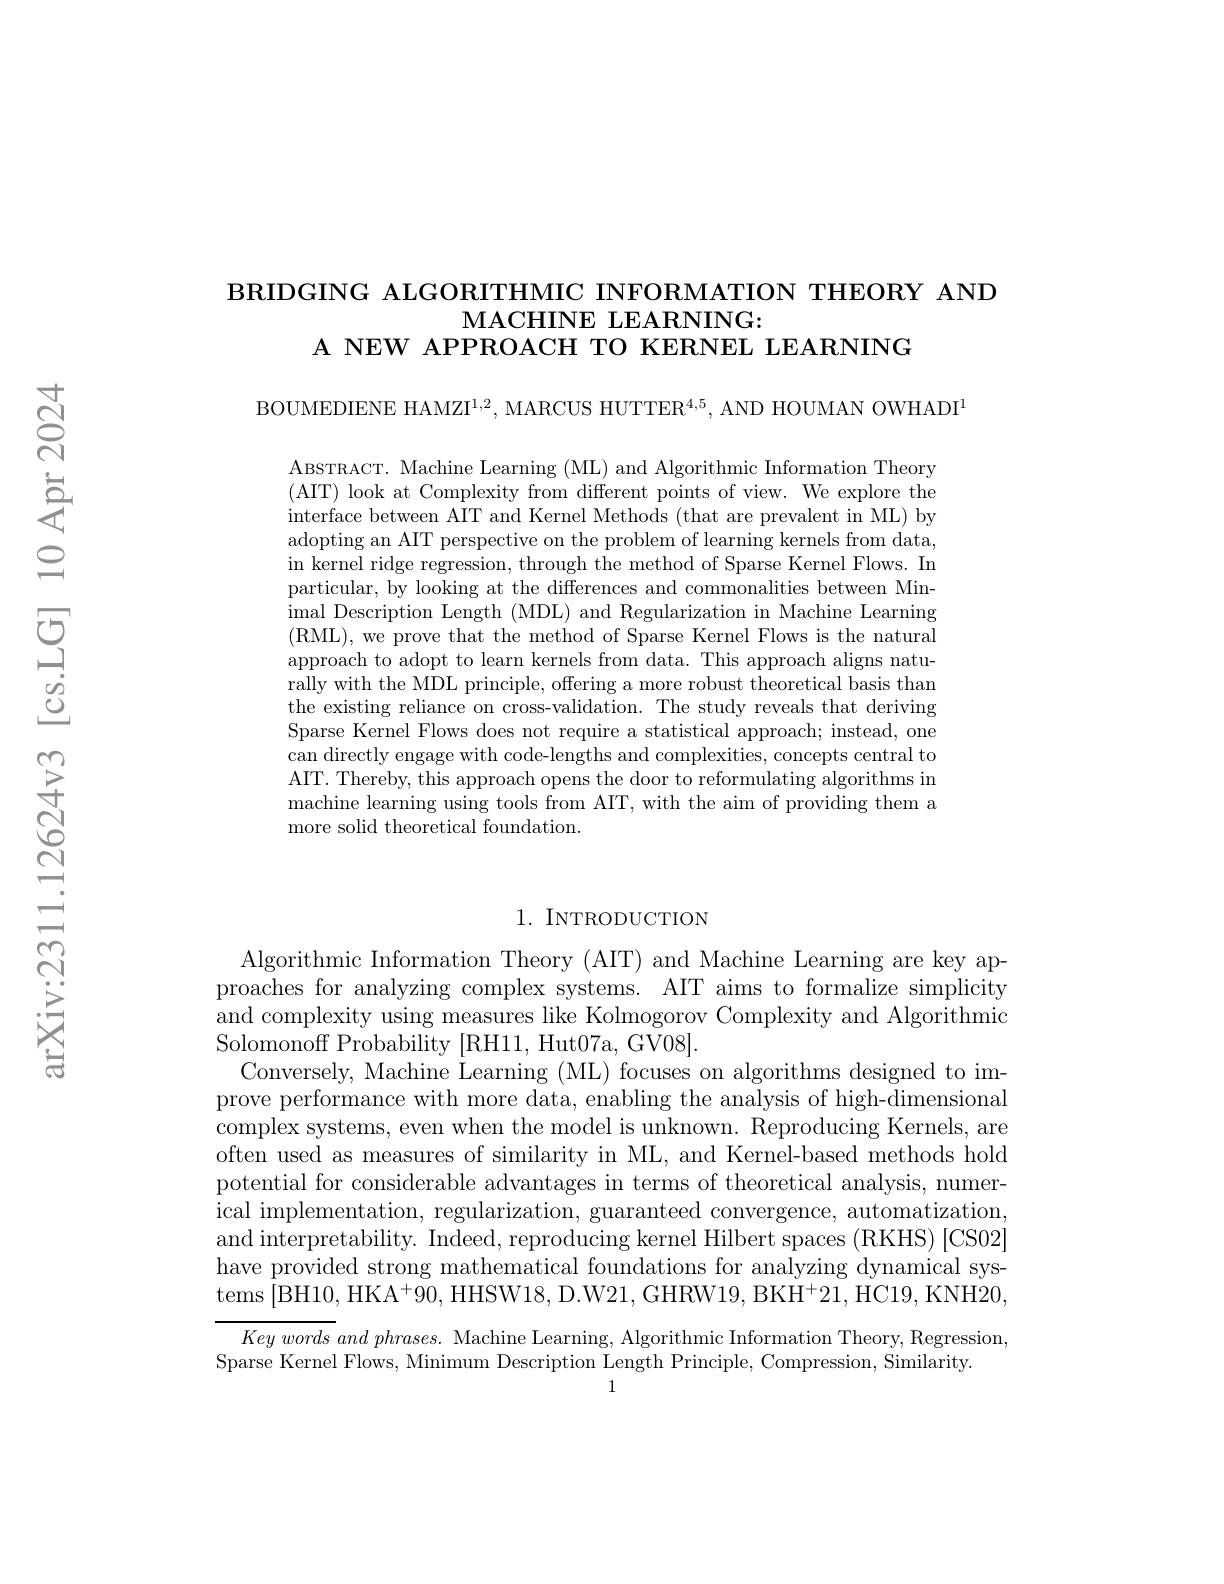
BRIDGING ALGORITHMIC INFORMATION THEORY AND
MACHINE LEARNING:
A NEW APPROACH TO KERNEL LEARNING

BOUMEDIENE HAMZI$^{1,2}$, MARCUS HUTTER$^{4,5}$, AND HOUMAN OWHADI

ABSTRACT. Machine Learning (ML) and Algorithmic Information Theory (AIT) look at Complexity from different points of view. We explore the interface between AIT and Kernel Methods (that are prevalent in ML) by adopting an AIT perspective on the problem of learning kernels from data, in kernel ridge regression, through the method of Sparse Kernel Flows. In particular, by looking at the differences and commonalities between Minimal Description Length (MDL) and Regularization in Machine Learning (RML),we prove that the method of Sparse Kernel Flows is the natural approach to adopt to learn kernels from data. This approach aligns naturally with the MDL principle, offering a more robust theoretical basis than the existing reliance on cross-validation. The study reveals that deriving Sparse Kernel Flows does not require a statistical approach; instead, one can directly engage with code-lengths and complexities, concepts central to AIT. Thereby, this approach opens the door to reformulating algorithms in machine learning using tools from AIT, with the aim of providing them a more solid theoretical foundation.

### 1. INTRODUCTION

Algorithmic Information Theory (AIT) and Machine Learning are key approaches for analyzing complex systems. AIT aims to formalize simplicity and complexity using measures like Kolmogorov Complexity and Algorithmic Solomonoff Probability [RH11, Hut07a, GV08].
Conversely, Machine Learning (ML) focuses on algorithms designed to improve performance with more data, enabling the analysis of high-dimensional complex systems, even when the model is unknown. Reproducing Kernels, are often used as measures of similarity in ML, and Kernel-based methods hold potential for considerable advantages in terms of theoretical analysis, numerical implementation, regularization, guaranteed convergence, automatization and interpretability. Indeed, reproducing kernel Hilbert spaces (RKHS) [CS02] have provided strong mathematical foundations for analyzing dynamical sys tems|BH10, HKA$^+90$,HHSW18, D.W21, GHRW19, BKH$^+21$,HC19, KNH20

$Key\textit{words and phrases.  Machine Learning,  Algorithmic Information Theory,  Regression, }$
Sparse Kernel Flows, Minimum Description Length Principle, Compression, Similarity.

1